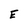
Character: E